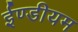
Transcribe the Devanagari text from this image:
ईण्डीयम